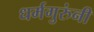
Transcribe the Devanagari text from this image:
धर्मगुरुंनी